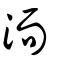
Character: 洏